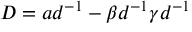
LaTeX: D = a d ^ { - 1 } - \beta d ^ { - 1 } \gamma d ^ { - 1 }